Tezpur Lunatic Asylum reports 1895-1904 - 1895-1904
Year: 1895
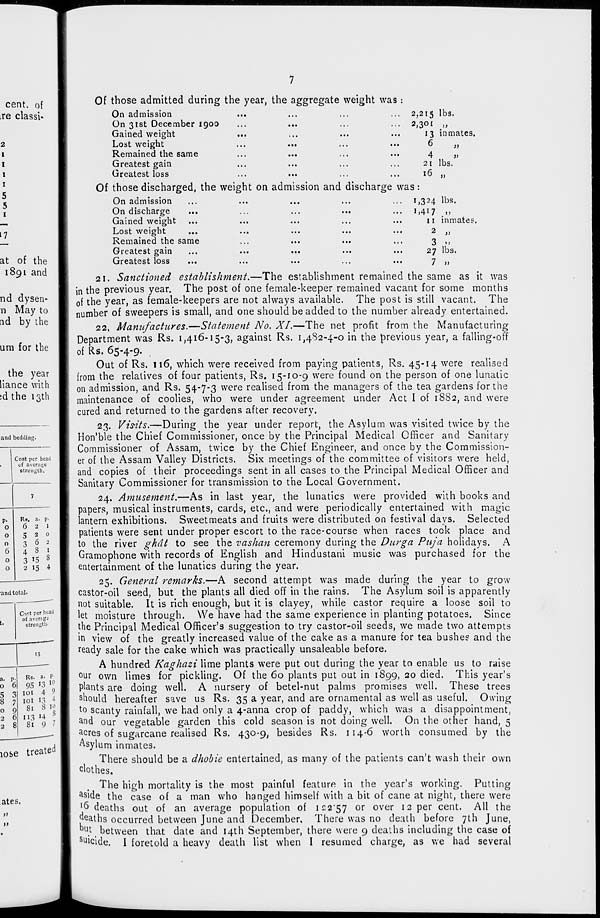
7
2 .215 lbs.
2 30i >>
13 inmates.
6
>i
4
21
>>
lbs.
16 it
at of the
1891 and
nd dysen-
n May to
ad by the
um for the
the year
liance with
:d the 13th
and bedding.
Cost per head
of average
strength.
1
P-
O
R». a. p.
6 2 1
0
O
6
0
0
520
362
4 8 1
3*5 8
2 15 4
■ and total.
t.
Co't per head
of average
strength-
is
a. p
0 t
5 2
8 7
0 i
2 t
2 I
Rs. a- P'
95 n w
101 4 9
101 13 4
» 81 8 10
) 113 »4 B
i 81 9 7
Of those admitted during the year, the aggregate weight was:
On admission
On 31st December 1900
Gained weight
Lost weight
Remained the. same
...
...
Greatest gain
Greatest loss
Of those discharged, the weight on admission and discharge was:
On admission
...
...
...
...
... 1,324 lbs.
On discharge
...
...
...
...
... 1,417 ,,
Gained weight ...
...
...
...
...
11 inmates.
Lost weight
...
...
...
...
...
2 ,,
Remained the same
...
...
...
...
3 ,,
Greatest gain
...
...
...
...
...
27 lbs.
Greatest loss
...
...
...
...
...
7 ,,
21. Sanctioned establishment.—The establishment remained the same as it was
in the previous year. The post of one female-keeper remained vacant for some months
of the year, as female-keepers are not always available. The post is still vacant. The
number of sweepers is small, and one should be added to the number already entertained.
22. Manufactures.—Statement No. XI.—The net profit from the Manufacturing
Department was Rs. 1,416-15-3, against Rs. 1,482-4-0 in the previous year, a falling-off
of Rs. 65-4-9.
Out of Rs. 116, which were received from paying patients, Rs. 45-14 were realised
from the relatives of four patients, Rs. 15-10-9 were found on the person of one lunatic
on admission, and Rs. 54-7-3 were realised from the managers of the tea gardens for the
maintenance of coolies, who were under agreement under Act I of 1882, and were
cured and returned to the gardens after recovery.
23. Vis-its.—During the year under report, the Asylum was visited twice by the
Hon'ble the Chief Commissioner, once by the Principal Medical Officer and Sanitary
Commissioner of Assam, twice by the Chief Engineer, and once by the Commission-
er of the Assam Valley Districts. Six meetings of the committee of visitors were held,
and copies of their proceedings sent in all cases to the Principal Medical Officer and
Sanitary Commissioner for transmission to the Local Government.
24. Amusement.—As in last year, the lunatics were provided with books and
papers, musical instruments, cards, etc., and were periodically entertained with magic
lantern exhibitions. Sweetmeats and fruits were distributed on festival days. Selected
patients were sent under proper escort to the race-course when races took place and
to the river ghat to see the vashan ceremony during the Durga Puja holidays. A
Gramophone with records of English and Hindustani music was purchased for the
entertainment of the lunatics during the year.
25. General remarks.—A second attempt was made during the year to grow
castor-oil seed, but the plants all died off in the rains. The Asylum soil is apparently
not suitable. It is rich enough, but it is clayey, while castor require a loose soil to
let moisture through. We have had the same experience in planting potatoes. Since
the Principal Medical Officer's suggestion to try castor-oil seeds, we made two attempts
in view of the greatly increased value of the cake as a manure for tea bushes and the
ready sale for the cake which was practically unsaleable before.
A hundred Kaghazi lime plants were put out during the year to enable us to raise
our own limes for pickling. Of the 60 plants put out in 1899, 20 died. This year's
plants are doing well. A nursery of betel-nut palms promises well. These trees
should hereafter save us Rs. 35 a year, and are ornamental as well as useful. Owing
to scanty rainfall, we had only a 4-anna crop of paddy, which was a disappointment,
and our vegetable garden this cold season is not doing well. On the other hand, 5
acres of sugarcane realised Rs. 430-9, besides Rs. 114-6 worth consumed by the
Asylum inmates.
There should be a dhobie entertained, as many of the patients can't wash their own
clothes.
The high mortality is the most painful feature in the year's working. Putting
aside the case of a man who hanged himself with a bit of cane at night, there were
'6 deaths out of an average population of i£2"57 or over 12 per cent. All the
jjeaths occurred between June and December. There was no death before 7th June,
bl, t _ between that date and 14th September, there were 9 deaths including the case of
suicide. I foretold a heavy death list when I resumed charge, as we had several